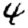
Digit: 4